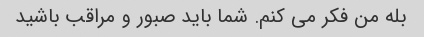
بله من فکر می کنم. شما باید صبور و مراقب باشید